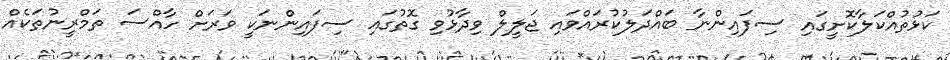
ކަޅުތުއްކަލާކޮށީގައި ސިފައިންނާ ބައްދަލުކުރައްވައި ޖަލީލް ވިދާޅުވި ގޮތުގައި ސިފައިންނަކީ ވަރަށް ހާއްސަ ތަމްރީނުތަކެއް